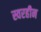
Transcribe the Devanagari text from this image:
स्वरहीन